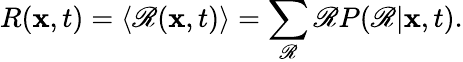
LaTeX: R(\mathbf{x},t)=\langle{\mathscr{R}(\mathbf{x},t)}\rangle{}=\sum_{\mathscr{R}}\mathscr{R}P(\mathscr{R}|\mathbf{x},t).